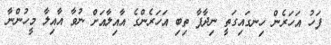
ފަހު އަހަރެން ހިނގައިގަތީ ނިދާފާ ތިބި އަހަރެންގެ އާއިލާއަށް ނުވާ އާއިލާ މީހުންނާ